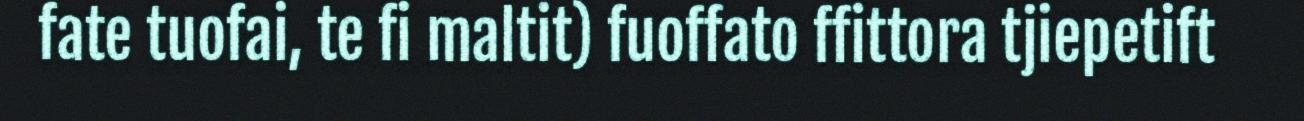
fate tuofai, te fi maltit) fuoffato ffittora tjiepetift